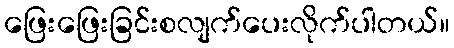
ဖြေးဖြေးခြင်းစလျက်ပေးလိုက်ပါတယ်။